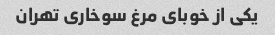
یکی از خوبای مرغ سوخاری تهران